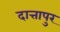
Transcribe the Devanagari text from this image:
दात्तापुर